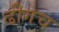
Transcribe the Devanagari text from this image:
ढीगच